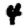
Digit: 4